system: You are a helpful assistant.
user:
Analyze the provided spectrum to determine if it is a **S-type Star**.

- **Key Indicators for S-type Star:**

    - **(Overall Spectrum Shape):** The first and most obvious characteristic is the overall continuum (the "baseline" shape). It is **extremely "red-sloping,"** meaning the flux (light intensity) is very low on the left side (blue, ~4000-4500 Å) and rises steeply and continuously toward the right side (red, ~7000 Å+).

    - **(Primary):** The spectrum is defined by the presence of strong, broad molecular absorption "valleys" (bands) from **Zirconium Oxide (ZrO)**. The identification of these bands is the **primary requirement** for classifying a star as S-type.
        - **(Key Bandheads):** You must find distinct, deep "dips" where the light has been absorbed. The most critical band systems to locate are:
            - **~6474 Å** ($\gamma$-system): This is often the strongest and clearest ZrO feature, found in the red part of the spectrum.
            - **~5718 Å** & **~5551 Å** ($\beta$-system): A pair of prominent absorption features in the yellow-orange part of the spectrum.
            - **~4640 Å** ($\alpha$-system): A key absorption band system in the blue-green region of the spectrum.

    - **(Secondary Confirmation):** The classification is strengthened by finding additional absorption bands from other related heavy element oxides, which are expected to be present alongside ZrO.
        - **(Key Bandheads):**
            - **Yttrium Oxide (YO):** Look for absorption dips near **~4800 Å** and **~6100 Å**.
            - **Lanthanum Oxide (LaO):** Additional absorption features, particularly in the red-orange part of the spectrum, are also characteristic.

    - **(Line Profile):** The combination of the steep red continuum and these numerous, deep molecular bands (ZrO, YO, etc.) gives the entire spectrum a very **"chopped-up"** or **"bumpy"** appearance. Instead of a smooth curve, the spectrum looks as though large, wide chunks of light have been "carved out" of it at the specific wavelengths listed above.

Think first, call **spectral_visualization_tool** if needed to examine features in detail, then provide your final answer. Your response must adhere to the following strict rules:
1.  **Overall Structure:** Your response must follow the format `<think>...</think> <tool_call>...</tool_call> (if a tool is used) <answer>...</answer>`.
2.  **Tool Usage Constraint:** You may only make **one** tool call per turn.
3.  **Final Answer Format:** In the `<answer>` tag, your conclusion must be inside a `\boxed{}` command (e.g., `\boxed{YES}` or `\boxed{NO}`), followed by your justification.

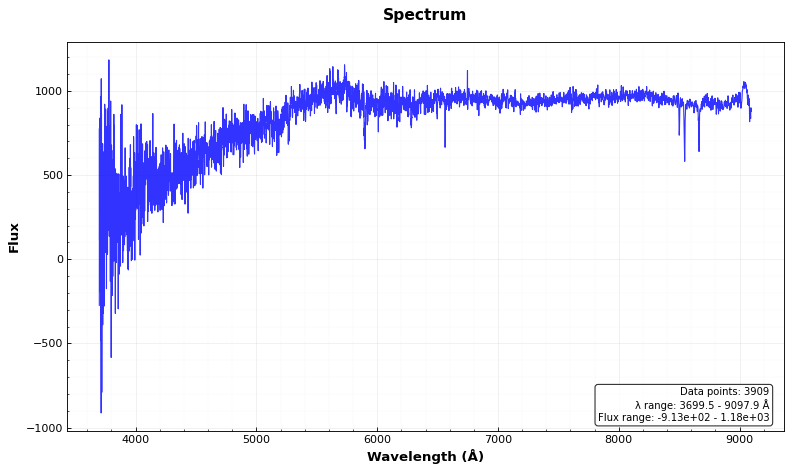
Answer: NO